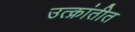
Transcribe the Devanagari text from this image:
उत्क्रांतीत